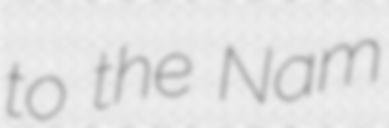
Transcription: to the Nam